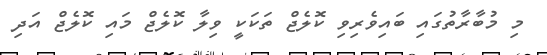
މި މުބާރާތުގައި ބައިވެރިވި ކޮލެޖް ތަކަކީ ވިލާ ކޮލެޖް މައި ކޮލެޖް އަދި